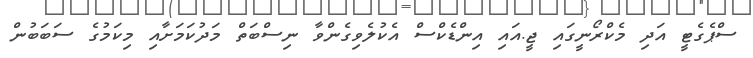
ސްޕެގެޓީ އަދި މެކްރޯނީގައި ޖީ.އައި އިންޑެކްސް އެކުލެވިގެންވާ ނިސްބަތް މަދުކަމަށާއި މިކަމުގެ ސަބަބުން